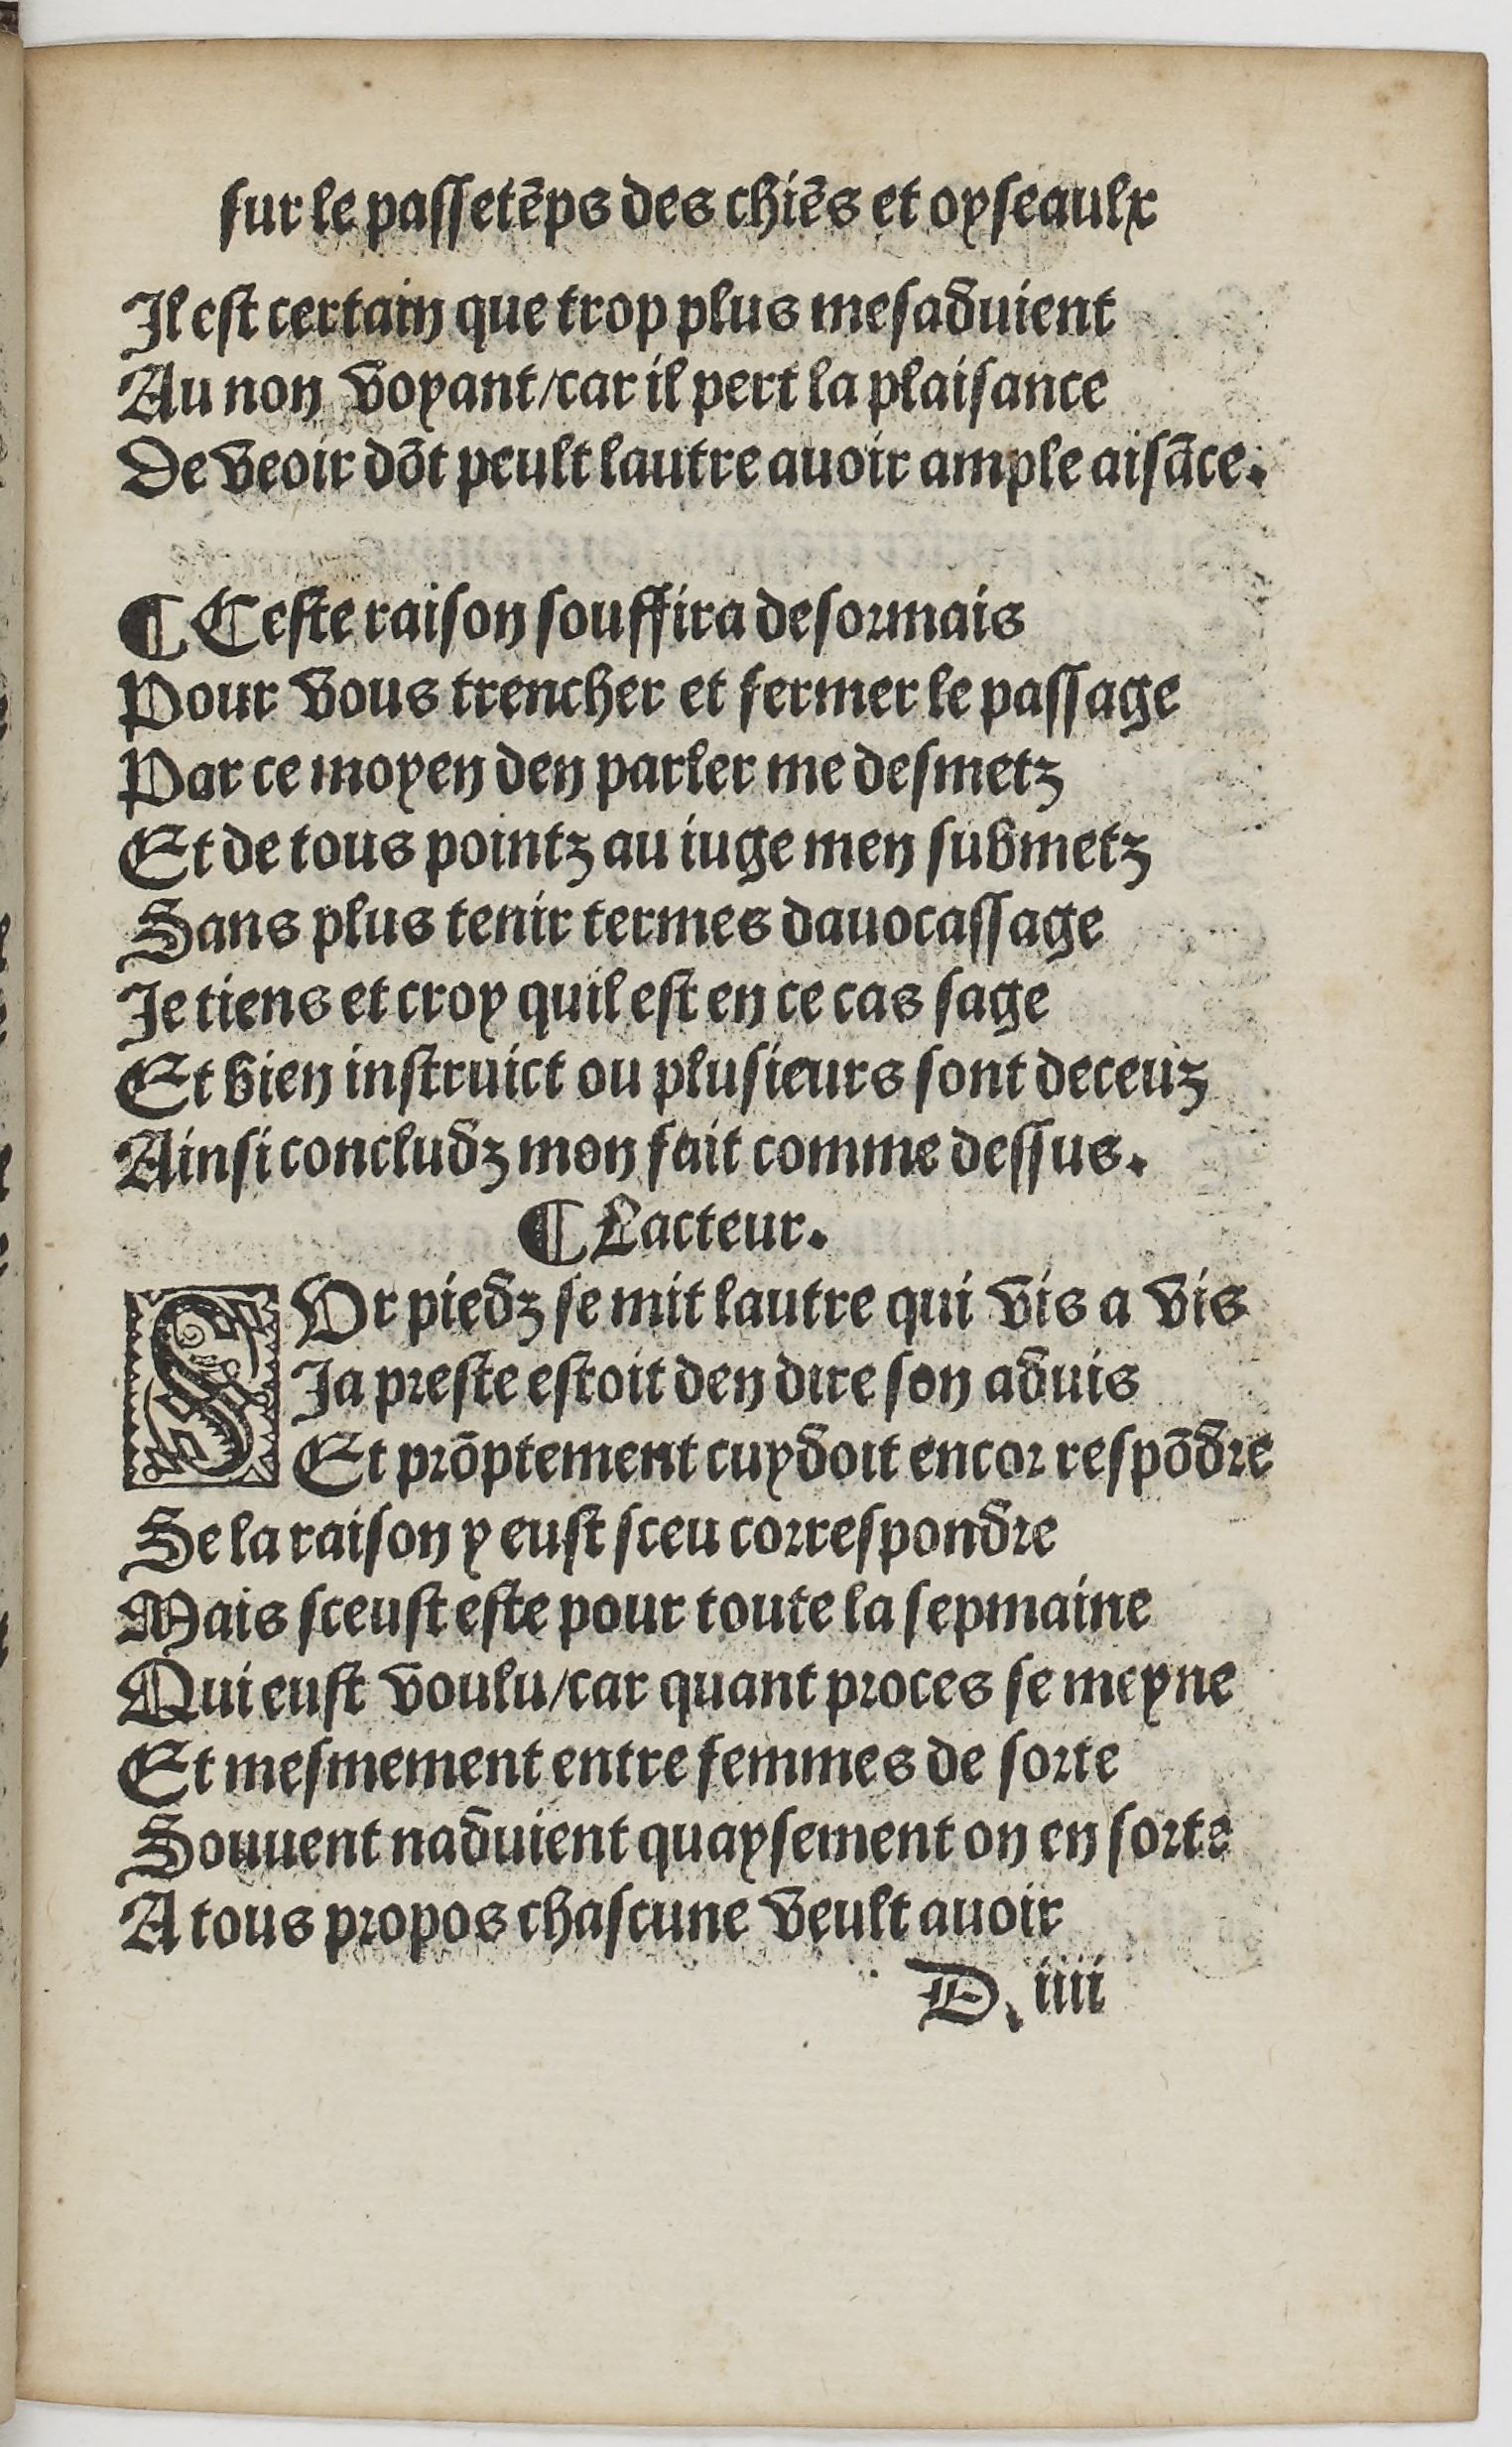
Shelfmark: Paris, BnF, Rés. YE-1395
Century: 16